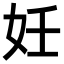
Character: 妊